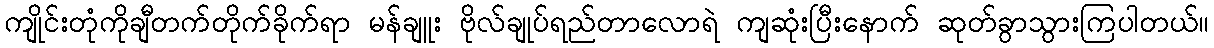
ကျိုင်းတုံကိုချီတက်တိုက်ခိုက်ရာ မန်ချူး ဗိုလ်ချုပ်ရည်တာလောရဲ ကျဆုံးပြီးနောက် ဆုတ်ခွာသွားကြပါတယ်။